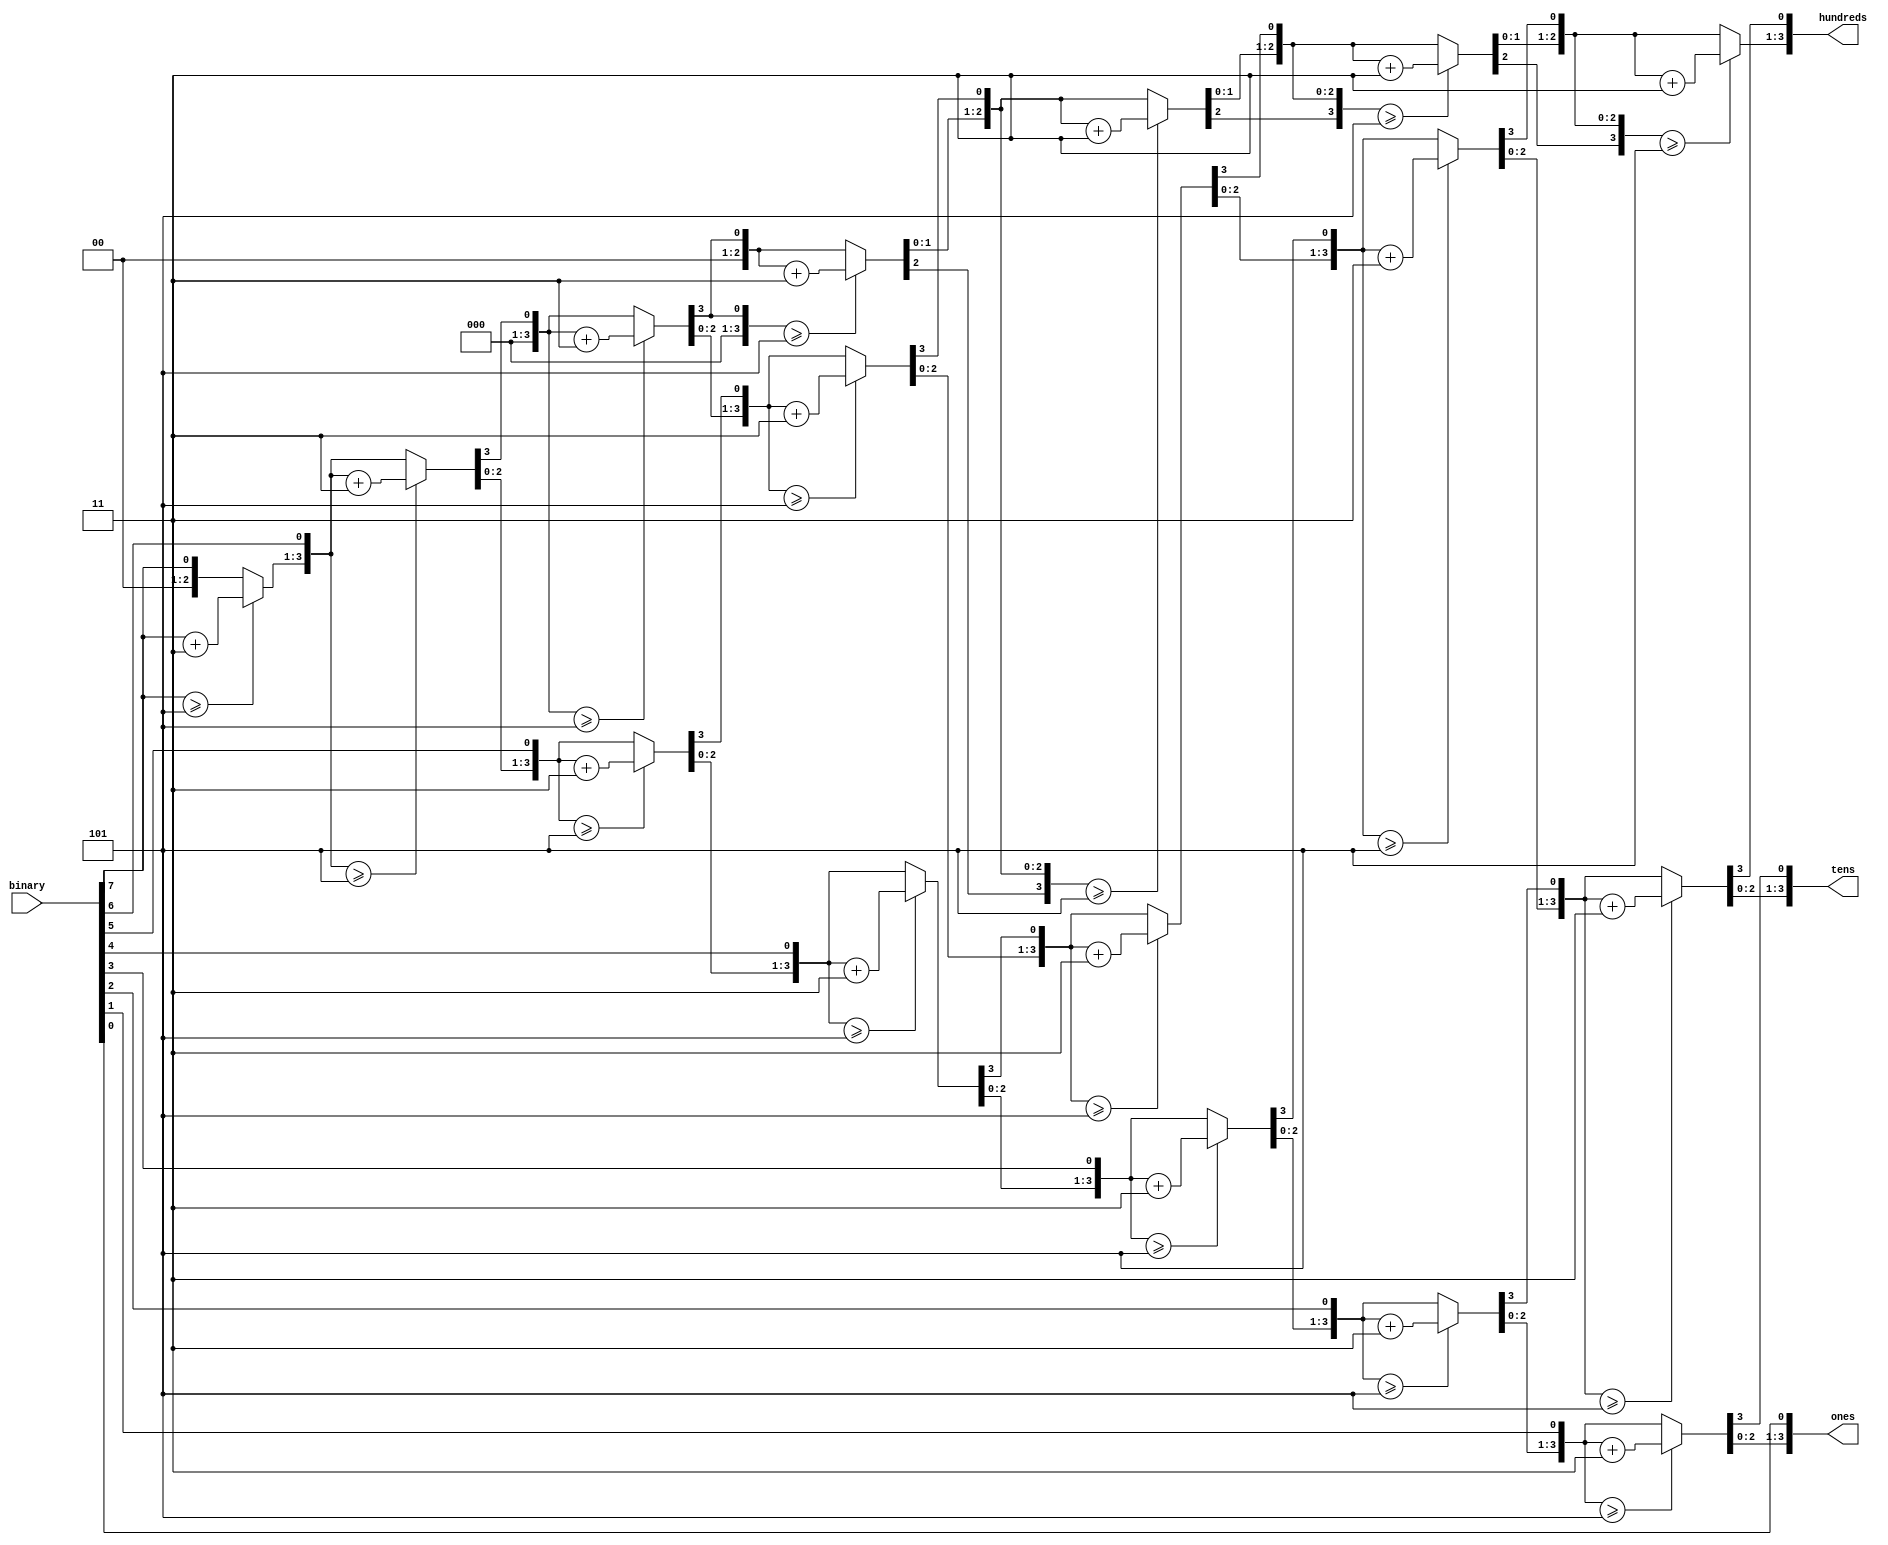
// Binary to BCD format converter
// Don M. Gruenbacher (Altered and used by Roque Orozco-Macias)
// Date Created Unknown (Used Nov. 15, 2021)

module bin2bcd(
	input [7:0]		binary,
	output reg [3:0] hundreds,
	output reg [3:0] tens,
	output reg [3:0] ones
	);
	
	integer i;
	
	always@(binary)
		begin
		hundreds = 4'd0;
		tens = 4'd0;
		ones = 4'd0;
		
		for (i=7; i >= 0; i=i-1)
		begin
			// add 3 to columns >= 5
			if(hundreds >= 5)
				hundreds = hundreds + 3;
			if(tens >= 5)
				tens = tens + 3;
			if(ones >= 5)
				ones = ones + 3;
				
			//shift left ones
			hundreds = hundreds << 1;
			hundreds[0] = tens[3];
			tens = tens << 1;
			tens[0] = ones[3];
			ones = ones << 1;
			ones[0] = binary[i];
		end
	end

endmodule


// 	Adapted from https://my.eng.utah.edu/~nmcdonal/Tutorials/BCDTutorial/BCDConversion.html